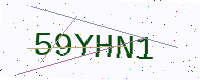
Text: 59YHN1